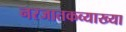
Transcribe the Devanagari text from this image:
नरजातकव्याख्या